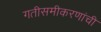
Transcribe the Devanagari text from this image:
गतीसमीकरणांची